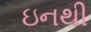
ઇનથી